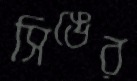
সিঙের